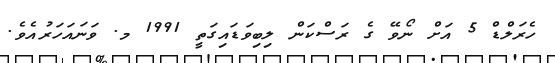
ހެރަލްޑް 5 އަށް ނޯވޭ ގެ ރަސްކަން ލިބިވަޑައިގަތީ 1991 މ. ވަނައަހަރުއެވެ.